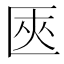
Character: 匧